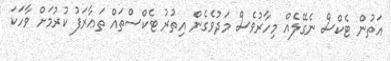
އަތުން ޓެކްސް ނެގޭލެއް މިހާރުވެސް މަދުވެގެން އިތުރު ޓެކްސްތައް ތަޢާރަފު ކުރުމަށް ވާހަކަ